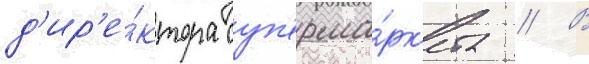
д'ир'е́ктора суп'ерма́рк'ета // В